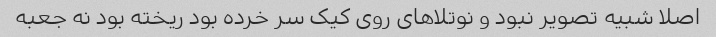
اصلا شبیه تصویر نبود و نوتلا‌های روی کیک سر خرده بود ریخته بود نه جعبه